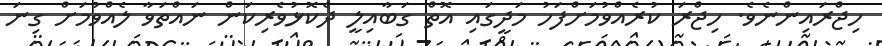
ހިޖްރައިންނެވެ. ހިޖްރަ ކުރެއްވުމަށްފަހު މަދީގައި އޮތް ގަބާއިލީ ދެކޮޅުވެރިކަން ނައްތަވާ ލެއްވުމަށް ގިނަ